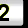
Digit: 2